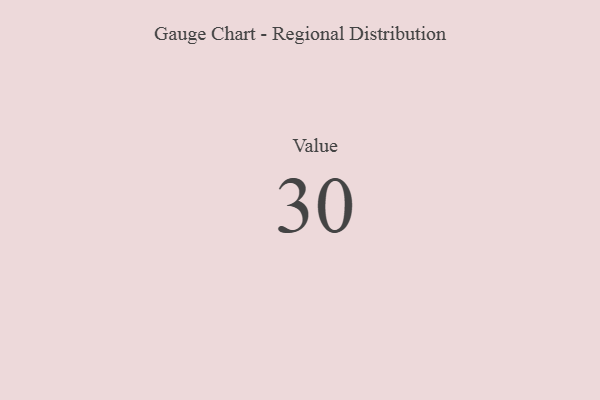
{"axis": {"x": "Metric", "y": "Value"}, "legend": [""], "data": [{"x": "Value", "y": 30, "type": ""}]}